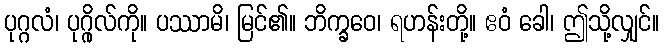
ပုဂ္ဂလံ၊ ပုဂ္ဂိုလ်ကို။ ပဿာမိ၊ မြင်၏။ ဘိက္ခဝေ၊ ရဟန်းတို့။ ဧဝံ ခေါ၊ ဤသို့လျှင်။